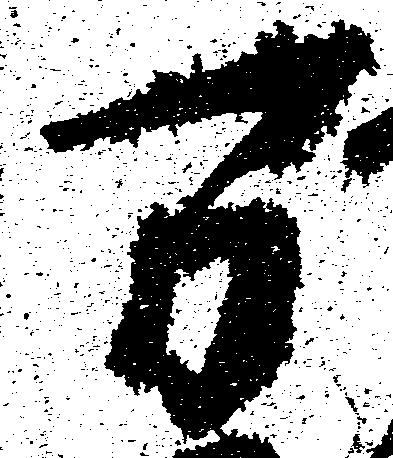
万